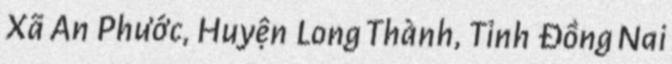
Xã An Phước, Huyện Long Thành, Tỉnh Đồng Nai